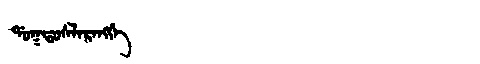
Manchu: ᡩᠣᡴᡩᠣᠰᠯᠠᡵᠠᠩᡤᡝ
Romanization: DOKDOSLARANGGE